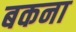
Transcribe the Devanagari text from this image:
बकना